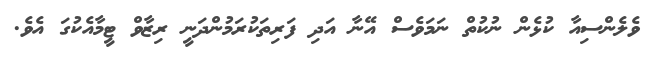
ވެލެންސިއާ ކުޅެން ނުކުތް ނަމަވެސް އޭނާ އަދި ފަރިތަކުރަމުންދަނީ ރިޒާވް ޓީމާއެކުގަ އެވެ.